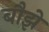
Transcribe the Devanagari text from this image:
बौझे